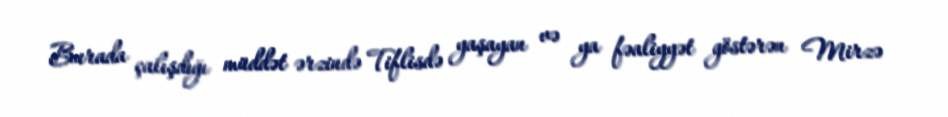
Burada çalışdığı müddət ərzində Tiflisdə yaşayan və ya fəaliyyət göstərən Mirzə